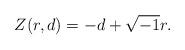
LaTeX: \begin{align*}Z(r,d) = - d + \sqrt{-1} r.\end{align*}